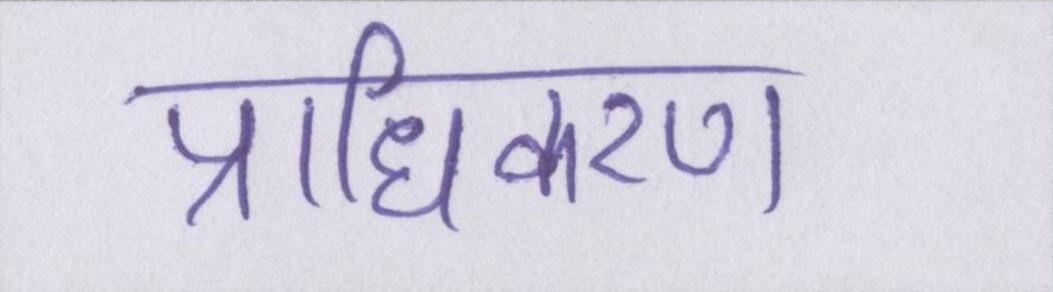
प्राधिकरण